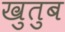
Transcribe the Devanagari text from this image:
खुतुब